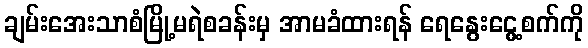
ချမ်းအေးသာစံမြို့မရဲစခန်းမှ အာမခံထားရန် ရေနွေးငွေ့စက်ကို